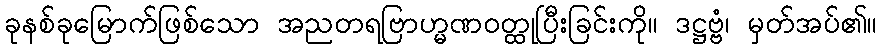
ခုနစ်ခုမြောက်ဖြစ်သော အညတရဗြာဟ္မဏဝတ္ထုပြီးခြင်းကို။ ဒဋ္ဌဗ္ဗံ၊ မှတ်အပ်၏။